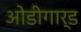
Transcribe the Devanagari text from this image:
ओडीगार्ड